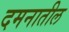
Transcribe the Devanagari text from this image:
दमनातील